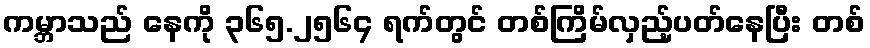
ကမ္ဘာသည် နေကို ၃၆၅.၂၅၆၄ ရက်တွင် တစ်ကြိမ်လှည့်ပတ်နေပြီး တစ်